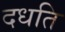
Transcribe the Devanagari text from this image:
दधति